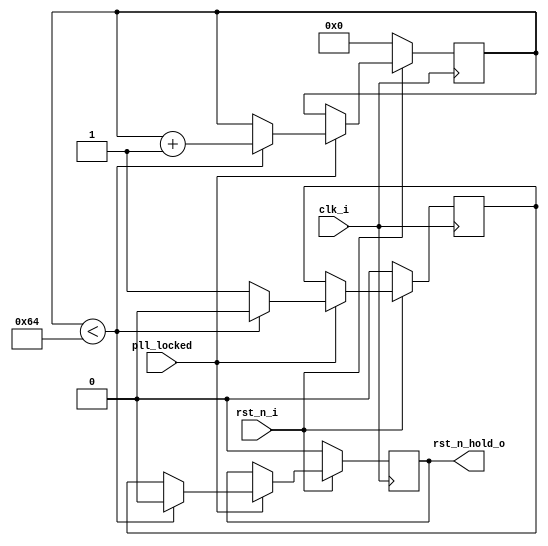

`define HOLD_10CYC	20'd10
`define HOLD_100CYC	20'd100
`define HOLD_1000CYC	20'd1000
`define HOLD_10000CYC	20'd10000
`define HOLD_100000CYC	20'd100000
`define HOLD_1000000CYC	20'd1000000
`define HOLD_MIN	`HOLD_10CYC
`define HOLD_MAX	`HOLD_1000000CYC

module rst_n_hold (
	clk_i,
	rst_n_i,
	pll_locked,
	rst_n_hold_o
);

parameter	RST_N_HOLD_CNT = `HOLD_100CYC;

// synopsys translate_off
initial begin
	if (RST_N_HOLD_CNT < `HOLD_MIN || RST_N_HOLD_CNT > `HOLD_MAX) begin
		$display("%m : ERROR!!! RST_N_HOLD_CNT %d is not in range: %d ~ %d", RST_N_HOLD_CNT, `HOLD_MIN, `HOLD_MAX);
		$stop;
	end
end
// synopsys translate_on

input		clk_i;
input		rst_n_i;
input		pll_locked;	/* 1: pll is ready and stable */
output		rst_n_hold_o;	/* reset output signal */
reg [19:0]	counter;
reg		rst_n_hold_r;
reg		rst_n_hold_o;

always @(posedge clk_i)
begin
	if (!rst_n_i) begin
		counter <= 0;
		rst_n_hold_r <= 1'b0;
		rst_n_hold_o <= 1'b0;
	end else begin
		if (pll_locked) begin
			if ((counter < RST_N_HOLD_CNT)) begin
				rst_n_hold_r	<= 1'b0;
				rst_n_hold_o	<= 1'b0;
				counter		<= counter + 1'b1;
			end else begin
				rst_n_hold_r	<= 1'b1;
				rst_n_hold_o	<= rst_n_hold_r;
				counter		<= counter;
			end
		end
	end
end

endmodule